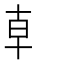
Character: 龺